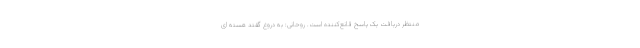
منتظر دریافت یک پاسخ قانع‌کننده است. روحانی: به دروغ گفتد هسته ای